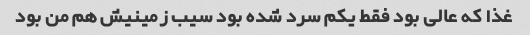
غذا که عالی بود فقط یکم سرد شده بود سیب زمینیش هم من بود